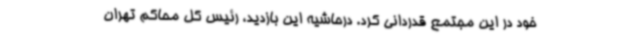
خود در این مجتمع قدردانی کرد. درحاشیه این بازدید، رئیس کل محاکم تهران